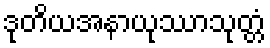
ဒုတိယအနာယုဿာသုတ္တံ